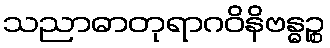
သညာဓာတုရာဂဝိနိဗန္ဓဉ္စ